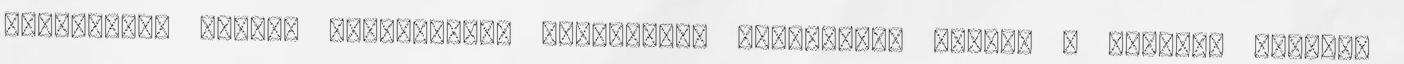
embereknek nagyon jellegzetes válaszokat kaphattunk volna. A tipikus felelt,